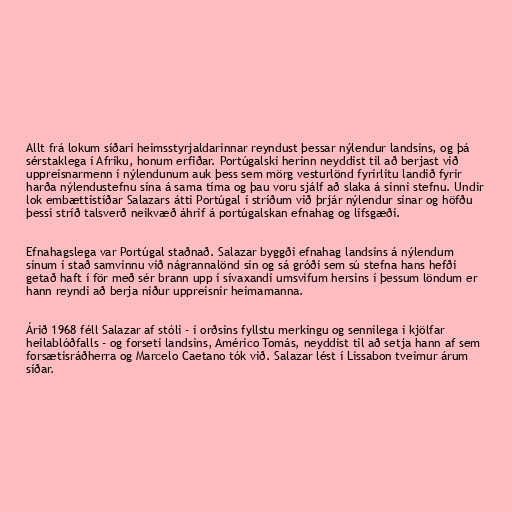
Allt frá lokum síðari heimsstyrjaldarinnar reyndust þessar nýlendur landsins, og þá
sérstaklega í Afríku, honum erfiðar. Portúgalski herinn neyddist til að berjast við
uppreisnarmenn í nýlendunum auk þess sem mörg vesturlönd fyrirlitu landið fyrir
harða nýlendustefnu sína á sama tíma og þau voru sjálf að slaka á sinni stefnu. Undir
lok embættistíðar Salazars átti Portúgal í stríðum við þrjár nýlendur sínar og höfðu
þessi stríð talsverð neikvæð áhrif á portúgalskan efnahag og lífsgæði.

Efnahagslega var Portúgal staðnað. Salazar byggði efnahag landsins á nýlendum
sínum í stað samvinnu við nágrannalönd sín og sá gróði sem sú stefna hans hefði
getað haft í för með sér brann upp í sívaxandi umsvifum hersins í þessum löndum er
hann reyndi að berja niður uppreisnir heimamanna.

Árið 1968 féll Salazar af stóli - í orðsins fyllstu merkingu og sennilega í kjölfar
heilablóðfalls - og forseti landsins, Américo Tomás, neyddist til að setja hann af sem
forsætisráðherra og Marcelo Caetano tók við. Salazar lést í Lissabon tveimur árum
síðar.